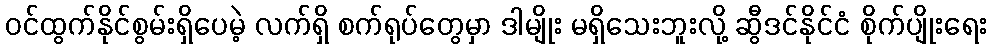
ဝင်ထွက်နိုင်စွမ်းရှိပေမဲ့ လက်ရှိ စက်ရုပ်တွေမှာ ဒါမျိုး မရှိသေးဘူးလို့ ဆွီဒင်နိုင်ငံ စိုက်ပျိုးရေး